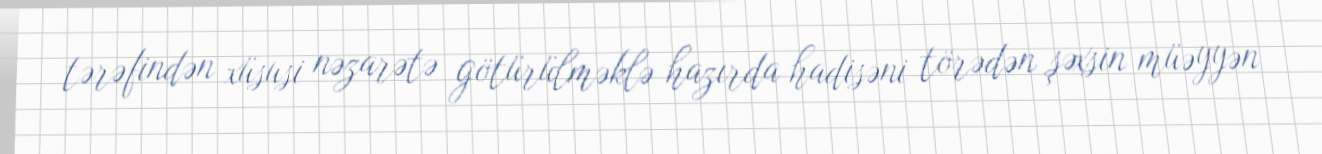
tərəfindən xüsusi nəzarətə götürülməklə hazırda hadisəni törədən şəxsin müəyyən